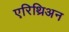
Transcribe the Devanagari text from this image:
एरिथ्रिअन